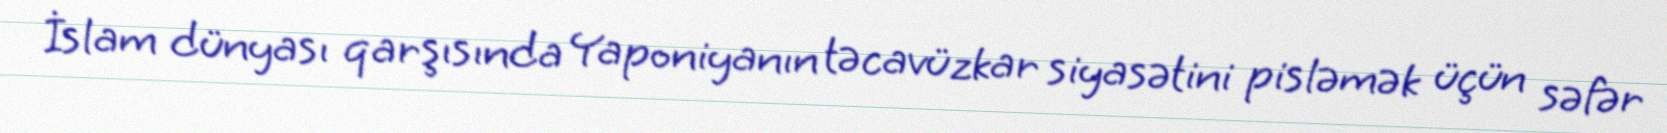
İslam dünyası qarşısında Yaponiyanın təcavüzkar siyasətini pisləmək üçün səfər